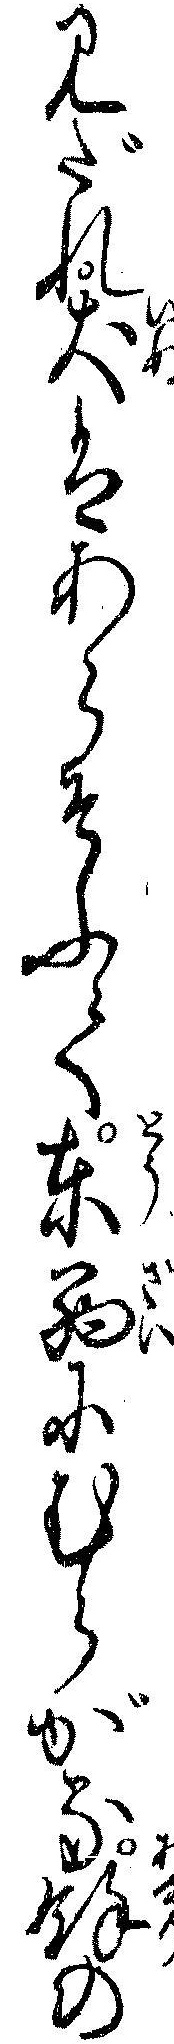
みだれ犬はあらそふて東西にむらがる余の